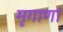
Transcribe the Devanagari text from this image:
मृगाणां